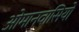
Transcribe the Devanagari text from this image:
ओमानवासियों